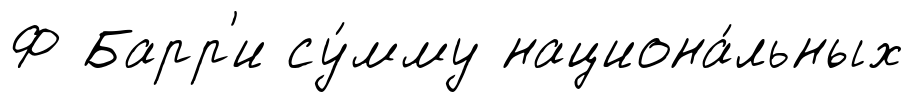
Ф Барр'и су́мму национа́льных